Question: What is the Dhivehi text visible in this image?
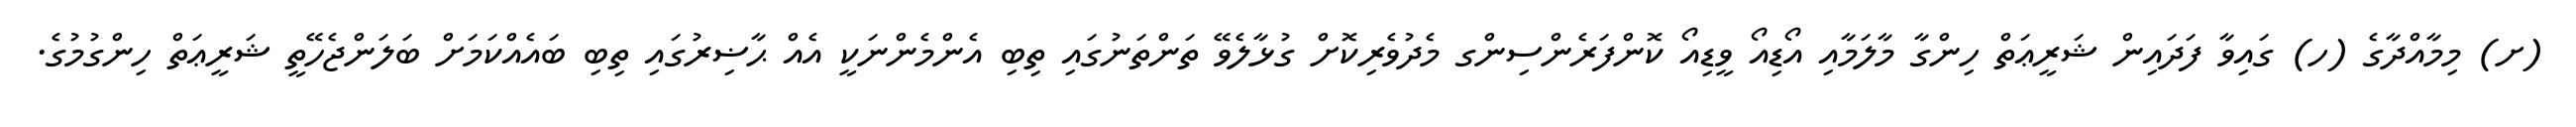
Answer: (ށ) މިމާއްދާގެ (ހ) ގައިވާ ފަދައިން ޝަރީޢަތް ހިންގާ މާލަމާއި އޯޑިއޯ ވީޑިއޯ ކޮންފަރެންސިންގ މެދުވެރިކޮށް ގުޅާލެވޭ ތަންތަނުގައި ތިބި އެންމެންނަކީ އެއް ޙާޟިރުގައި ތިބި ބައެއްކަމަށް ބަލަންޖެހޭތީ ޝަރީޢަތް ހިންގުމުގެ.